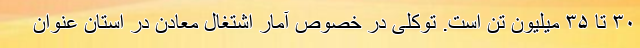
۳۰ تا ۳۵ میلیون تن است. توکلی در خصوص آمار اشتغال معادن در استان عنوان